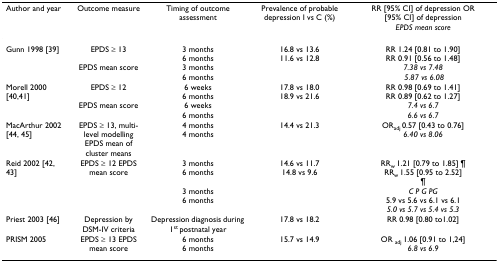
<table><thead><tr><td><b>Author and year</b></td><td><b>Outcome measure</b></td><td><b>Timing of outcome assessment</b></td><td><b>Prevalence of probable depression I vs C (%)</b></td><td><b>RR [95% CI] of depression OR[95% CI] of depression <i>EPDS mean score</i></b></td></tr></thead><tbody><tr><td>Gunn 1998 [39]</td><td>EPDS ≥ 13 EPDS mean score</td><td>3 months6 months3 months6 months</td><td>16.8 vs 13.611.6 vs 12.8</td><td>RR 1.24 [0.81 to 1.90]RR 0.91 [0.56 to 1.48] <i>7.38 vs 7.48</i><i> 5.87 vs 6.08</i></td></tr><tr><td>Morell 2000 [40,41]</td><td>EPDS ≥ 12 EPDS mean score</td><td>6 weeks6 months6 weeks6 months</td><td>17.8 vs 18.018.9 vs 21.6</td><td>RR 0.98 [0.69 to 1.41]RR 0.89 [0.62 to 1.27] <i>7.4 vs 6.7 </i><i>6.6 vs 6.7</i></td></tr><tr><td>MacArthur 2002 [44, 45]</td><td>EPDS ≥ 13, multi-level modellingEPDS mean of cluster means</td><td>4 months4 months</td><td>14.4 vs 21.3</td><td>OR<sub>adj </sub>0.57 [0.43 to 0.76]<i>6.40 vs 8.06</i></td></tr><tr><td>Reid 2002 [42, 43]</td><td>EPDS ≥ 12 EPDS mean score</td><td>3 months6 months3 months6 months</td><td>14.6 vs 11.714.8 vs 9.6</td><td>RR<sub>w </sub>1.21 [0.79 to 1.85] ¶RR<sub>w </sub>1.55 [0.95 to 2.52]¶<i>C P G PG</i>5.9 vs 5.6 vs 6.1 vs 6.1<i>5.0 vs 5.7 vs 5.4 vs 5.3</i></td></tr><tr><td>Priest 2003 [46]</td><td>Depression by DSM-IV criteria</td><td>Depression diagnosis during 1<sup>st </sup>postnatal year</td><td>17.8 vs 18.2</td><td>RR 0.98 [0.80 to1.02]</td></tr><tr><td>PRISM 2005</td><td>EPDS ≥ 13 EPDS mean score</td><td>6 months6 months</td><td>15.7 vs 14.9</td><td>OR <sub>adj </sub>1.06 [0.91 to 1,24] <i>6.8 vs 6.9</i></td></tr></tbody></table>